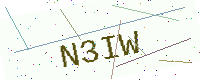
Text: N3IW